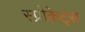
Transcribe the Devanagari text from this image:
स्प्रोकेट्स